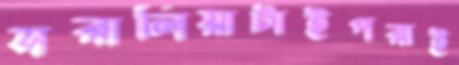
সরালিয়াটাইপরাই